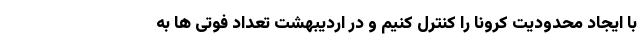
با ایجاد محدودیت کرونا را کنترل کنیم و در اردیبهشت تعداد فوتی ها به